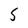
Character: S